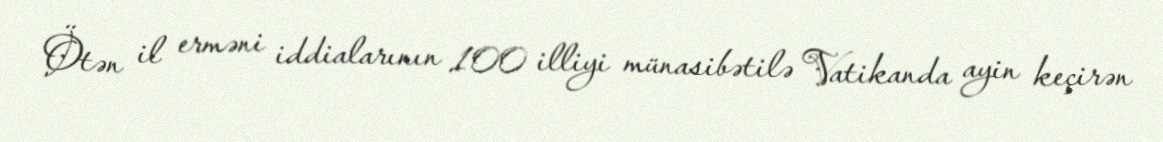
Ötən il erməni iddialarının 100 illiyi münasibətilə Vatikanda ayin keçirən